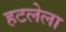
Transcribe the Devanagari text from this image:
हटलेला